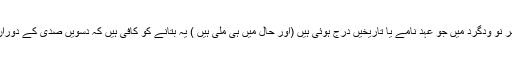
۹۴۵ء) اینٹوں ، پتھروں ، پتروں اور برتنوں پر کیف اور اس کے بعد شہر نو ودگرد میں جو عہد نامے یا تاریخیں درج ہوئی ہیں (اور حال میں ہی ملی ہیں ) یہ بتانے کو کافی ہیں کہ دسویں صدی کے دوران کارندوں کاری گروں اور امرا میں لکھنے پڑھنے کا رواج ہو چلا تھا۔